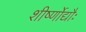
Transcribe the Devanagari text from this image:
शीर्ष्णोद्यौः